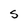
Character: S